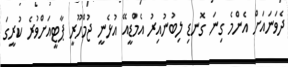
ދެވަނައަށް އެންމެ ގިނަ ގޮނޑި ލިބުނުއިރު އެމްޑީއޭ އުޅެނީ ޖުމްހޫރީ ޕާޓީއަށްވުރެ ކުރީގަ